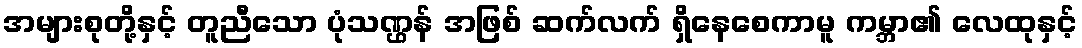
အများစုတို့နှင့် တူညီသော ပုံသဏ္ဌန် အဖြစ် ဆက်လက် ရှိနေစေကာမူ ကမ္ဘာ၏ လေထုနှင့်